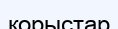
қорыстар